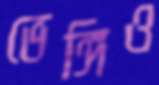
ভেঙ্গিও